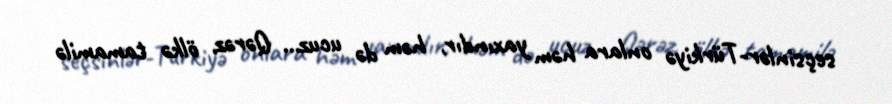
seçsinlər-Türkiyə onlara həm yaxındır, həm də ucuz... Qərəz, ölkə tamamilə